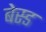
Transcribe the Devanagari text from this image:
बेस्‍ड